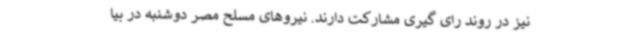
نیز در روند رای گیری مشارکت دارند. نیروهای مسلح مصر دوشنبه در بیا